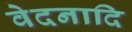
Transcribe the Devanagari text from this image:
वेदनादि